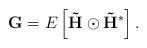
LaTeX: \begin{align*}{\bf{G}} = E\left[ {{\bf{\tilde H}} \odot {\bf{\tilde H}}^{*}} \right] .\end{align*}